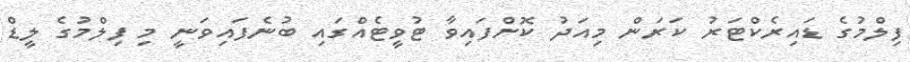
ފިލްމުގެ ޑައިރެކްޓަރު ކަރަން މިއަދު ކޮށްފައިވާ ޓުވީޓެއްގައި ބުނެފައިވަނީ މި ފިލްމުގެ ލީޑް